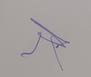
Signature authenticity: genuine